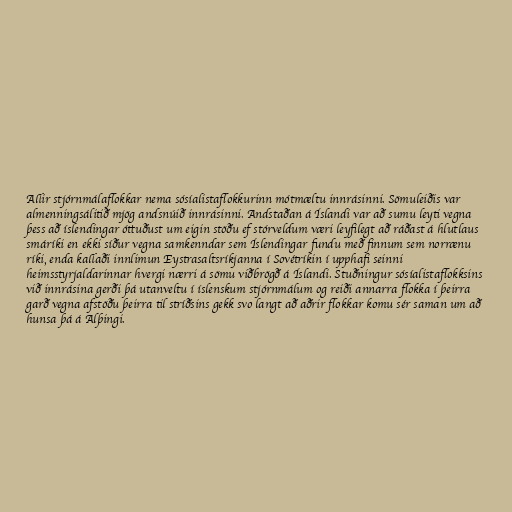
Allir stjórnmálaflokkar nema sósíalistaflokkurinn mótmæltu innrásinni. Sömuleiðis var
almenningsálitið mjög andsnúið innrásinni. Andstaðan á Íslandi var að sumu leyti vegna
þess að íslendingar óttuðust um eigin stöðu ef stórveldum væri leyfilegt að ráðast á hlutlaus
smáríki en ekki síður vegna samkenndar sem Íslendingar fundu með finnum sem norrænu
ríki, enda kallaði innlimun Eystrasaltsríkjanna í Sovétríkin í upphafi seinni
heimsstyrjaldarinnar hvergi nærri á sömu viðbrögð á Íslandi. Stuðningur sósíalistaflokksins
við innrásina gerði þá utanveltu í íslenskum stjórnmálum og reiði annarra flokka í þeirra
garð vegna afstöðu þeirra til stríðsins gekk svo langt að aðrir flokkar komu sér saman um að
hunsa þá á Alþingi.